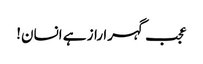
عجب گہرا راز ہے انسان!